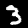
Digit: 3